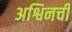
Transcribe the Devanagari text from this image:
अश्विनची